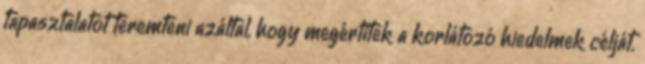
tapasztalatot teremteni azáltal, hogy megértitek a korlátozó hiedelmek célját.